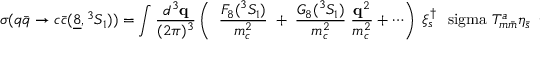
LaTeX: \sigma ( q \bar { q } \to c \bar { c } ( \underline { { { 8 } } } , { } ^ { 3 } S _ { 1 } ) ) = \int \frac { d ^ { 3 } { \bf q } } { ( 2 \pi ) ^ { 3 } } \left( \; \; \frac { F _ { 8 } ( { } ^ { 3 } S _ { 1 } ) } { m _ { c } ^ { 2 } } \; + \; \frac { G _ { 8 } ( { } ^ { 3 } S _ { 1 } ) } { m _ { c } ^ { 2 } } \; \frac { { \bf q } ^ { 2 } } { m _ { c } ^ { 2 } } + \cdots \right) \; \xi _ { s } ^ { \dagger } \mathrm { \boldmath ~ \ s i g m a ~ } T _ { m \bar { m } } ^ { a } \eta _ { \bar { s } } \; \; \eta _ { \bar { s } } ^ { \dagger } \mathrm { \boldmath ~ \ s i g m a ~ } T _ { \bar { m } m } ^ { a } \xi _ { s } \; .